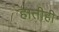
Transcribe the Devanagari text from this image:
हातीही